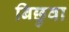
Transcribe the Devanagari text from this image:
बिछुवा